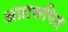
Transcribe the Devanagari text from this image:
अप्रारूपित